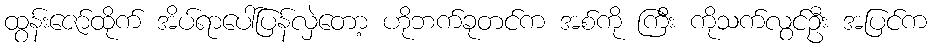
ထွန်းဇော်ထိုက် အိပ်ရာပေါ်ပြန်လှဲတော့ ဟိုဘက်ခုတင်က အစ်ကို ကြီး ကိုသက်လွင်ဦး အပြင်က